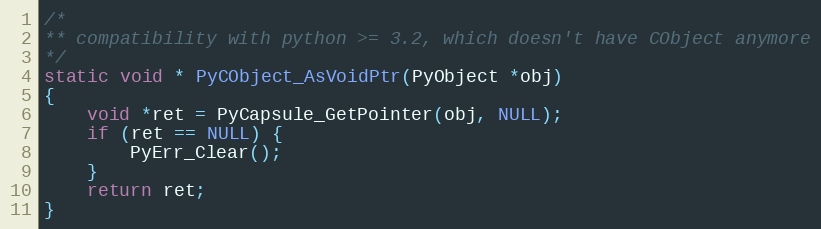
Language: C
/*
** compatibility with python >= 3.2, which doesn't have CObject anymore
*/
static void * PyCObject_AsVoidPtr(PyObject *obj)
{
    void *ret = PyCapsule_GetPointer(obj, NULL);
    if (ret == NULL) {
        PyErr_Clear();
    }
    return ret;
}